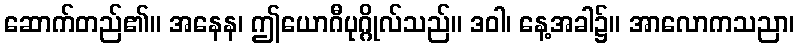
ဆောက်တည်၏။ အနေန၊ ဤယောဂီပုဂ္ဂိုလ်သည်။ ဒဝါ၊ နေ့အခါ၌။ အာလောကသညာ၊